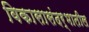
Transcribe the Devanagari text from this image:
विकासासंदर्भातील